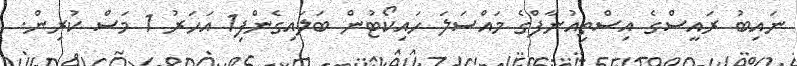
ނައިބު ރައީސްގެ އިސްތިއުނާފްގެ މައްސަލަ ހައިކޯޓުން ބަލައިގެންފި1 އަހަރު 1 މަސް ކުރިން.